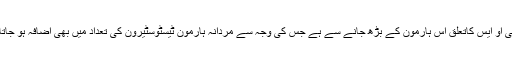
پی سی او ایس کاتعلق اس ہارمون کے بڑھ جانے سے ہے جس کی وجہ سے مردانہ ہارمون ٹیسٹوسٹیرون کی تعداد میں بھی اضافہ ہو جاتا ہے۔